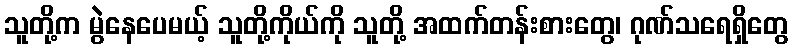
သူတို့က မွဲနေပေမယ့် သူတို့ကိုယ်ကို သူတို့ အထက်တန်းစားတွေ၊ ဂုဏ်သရေရှိတွေ